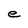
Character: e